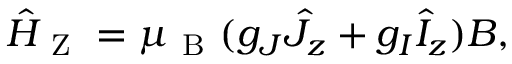
\hat { H } _ { \mathrm { ~ Z ~ } } = \mu _ { \mathrm { ~ B ~ } } ( g _ { J } \hat { J } _ { z } + g _ { I } \hat { I } _ { z } ) B ,